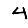
Digit: 4